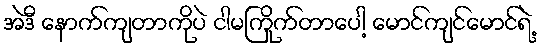
အဲဒီ နောက်ကျတာကိုပဲ ငါမကြိုက်တာပေါ့ မောင်ကျင်မောင်ရဲ့